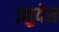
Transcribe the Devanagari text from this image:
इतुदेस